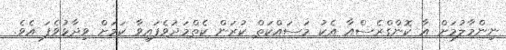
ނިންމާލުމަށް އާ ކޮންގްރެސްއާ އެކު މަސައްކަތް ކުރަން ކެތްމަދުވެފައިވާ ކަމަށް ވިދާޅުވެފަ އެވެ.